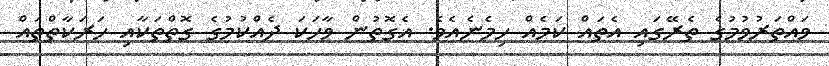
ވައްތަރުވުމުގެ ތެރޭގައި އެތައް ކަމެއް ހިމެނެއެވެ. އެގޮތުން ވާހަކަ ދެއްކުމުގެ ގޮތްތަކާއި ހަރަކާތްތައް